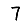
Digit: 7